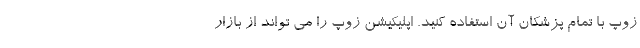
زوپ با تمام پزشکان آن استفاده کنید. اپلیکیشن زوپ را می تواند از بازار